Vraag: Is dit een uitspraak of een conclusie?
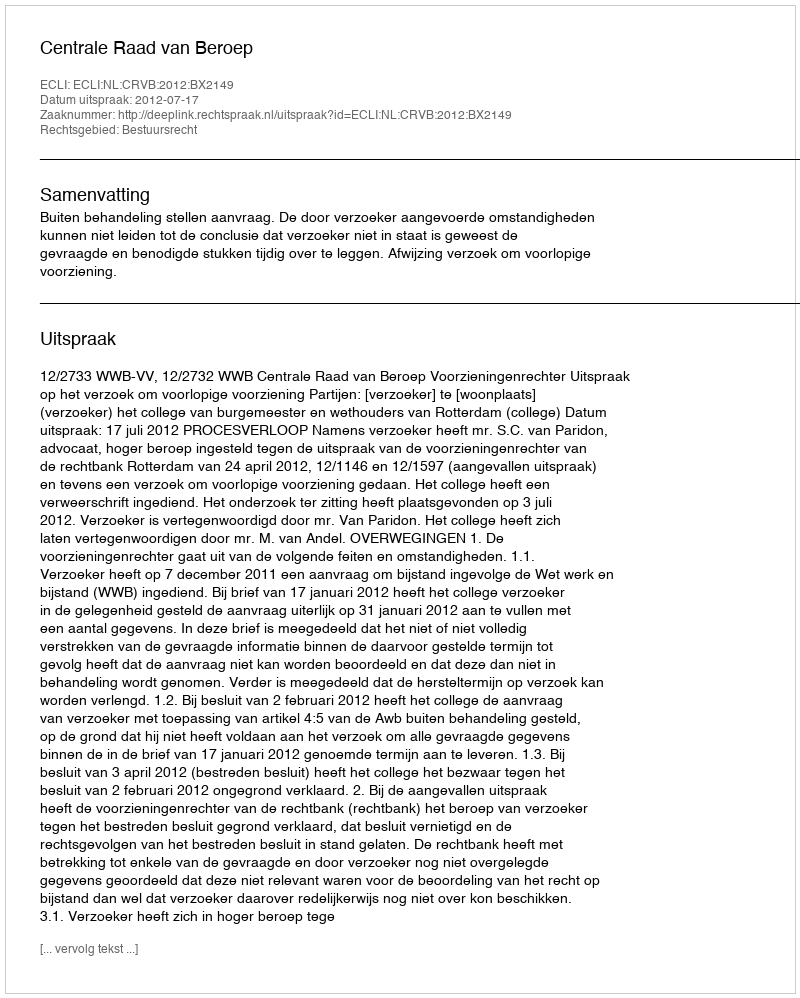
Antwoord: Uitspraak